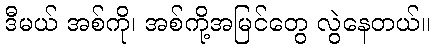
ဒီမယ် အစ်ကို၊ အစ်ကို့အမြင်တွေ လွဲနေတယ်။